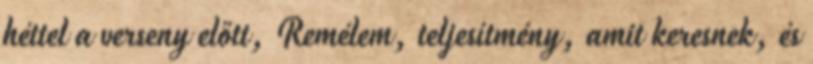
héttel a verseny előtt, Remélem, teljesítmény, amit keresnek, és